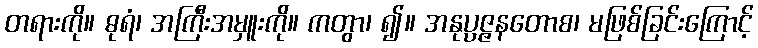
တရားကို။ ဓုရံ၊ အကြီးအမှူးကို။ ကတွာ၊ ၍။ အနုပ္ပဇ္ဇနတောစ၊ မဖြစ်ခြင်းကြောင့်